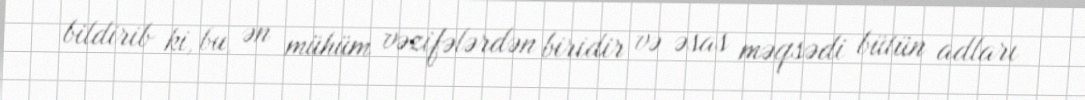
bildirib ki, bu, ən mühüm vəzifələrdən biridir və əsas məqsədi bütün adları